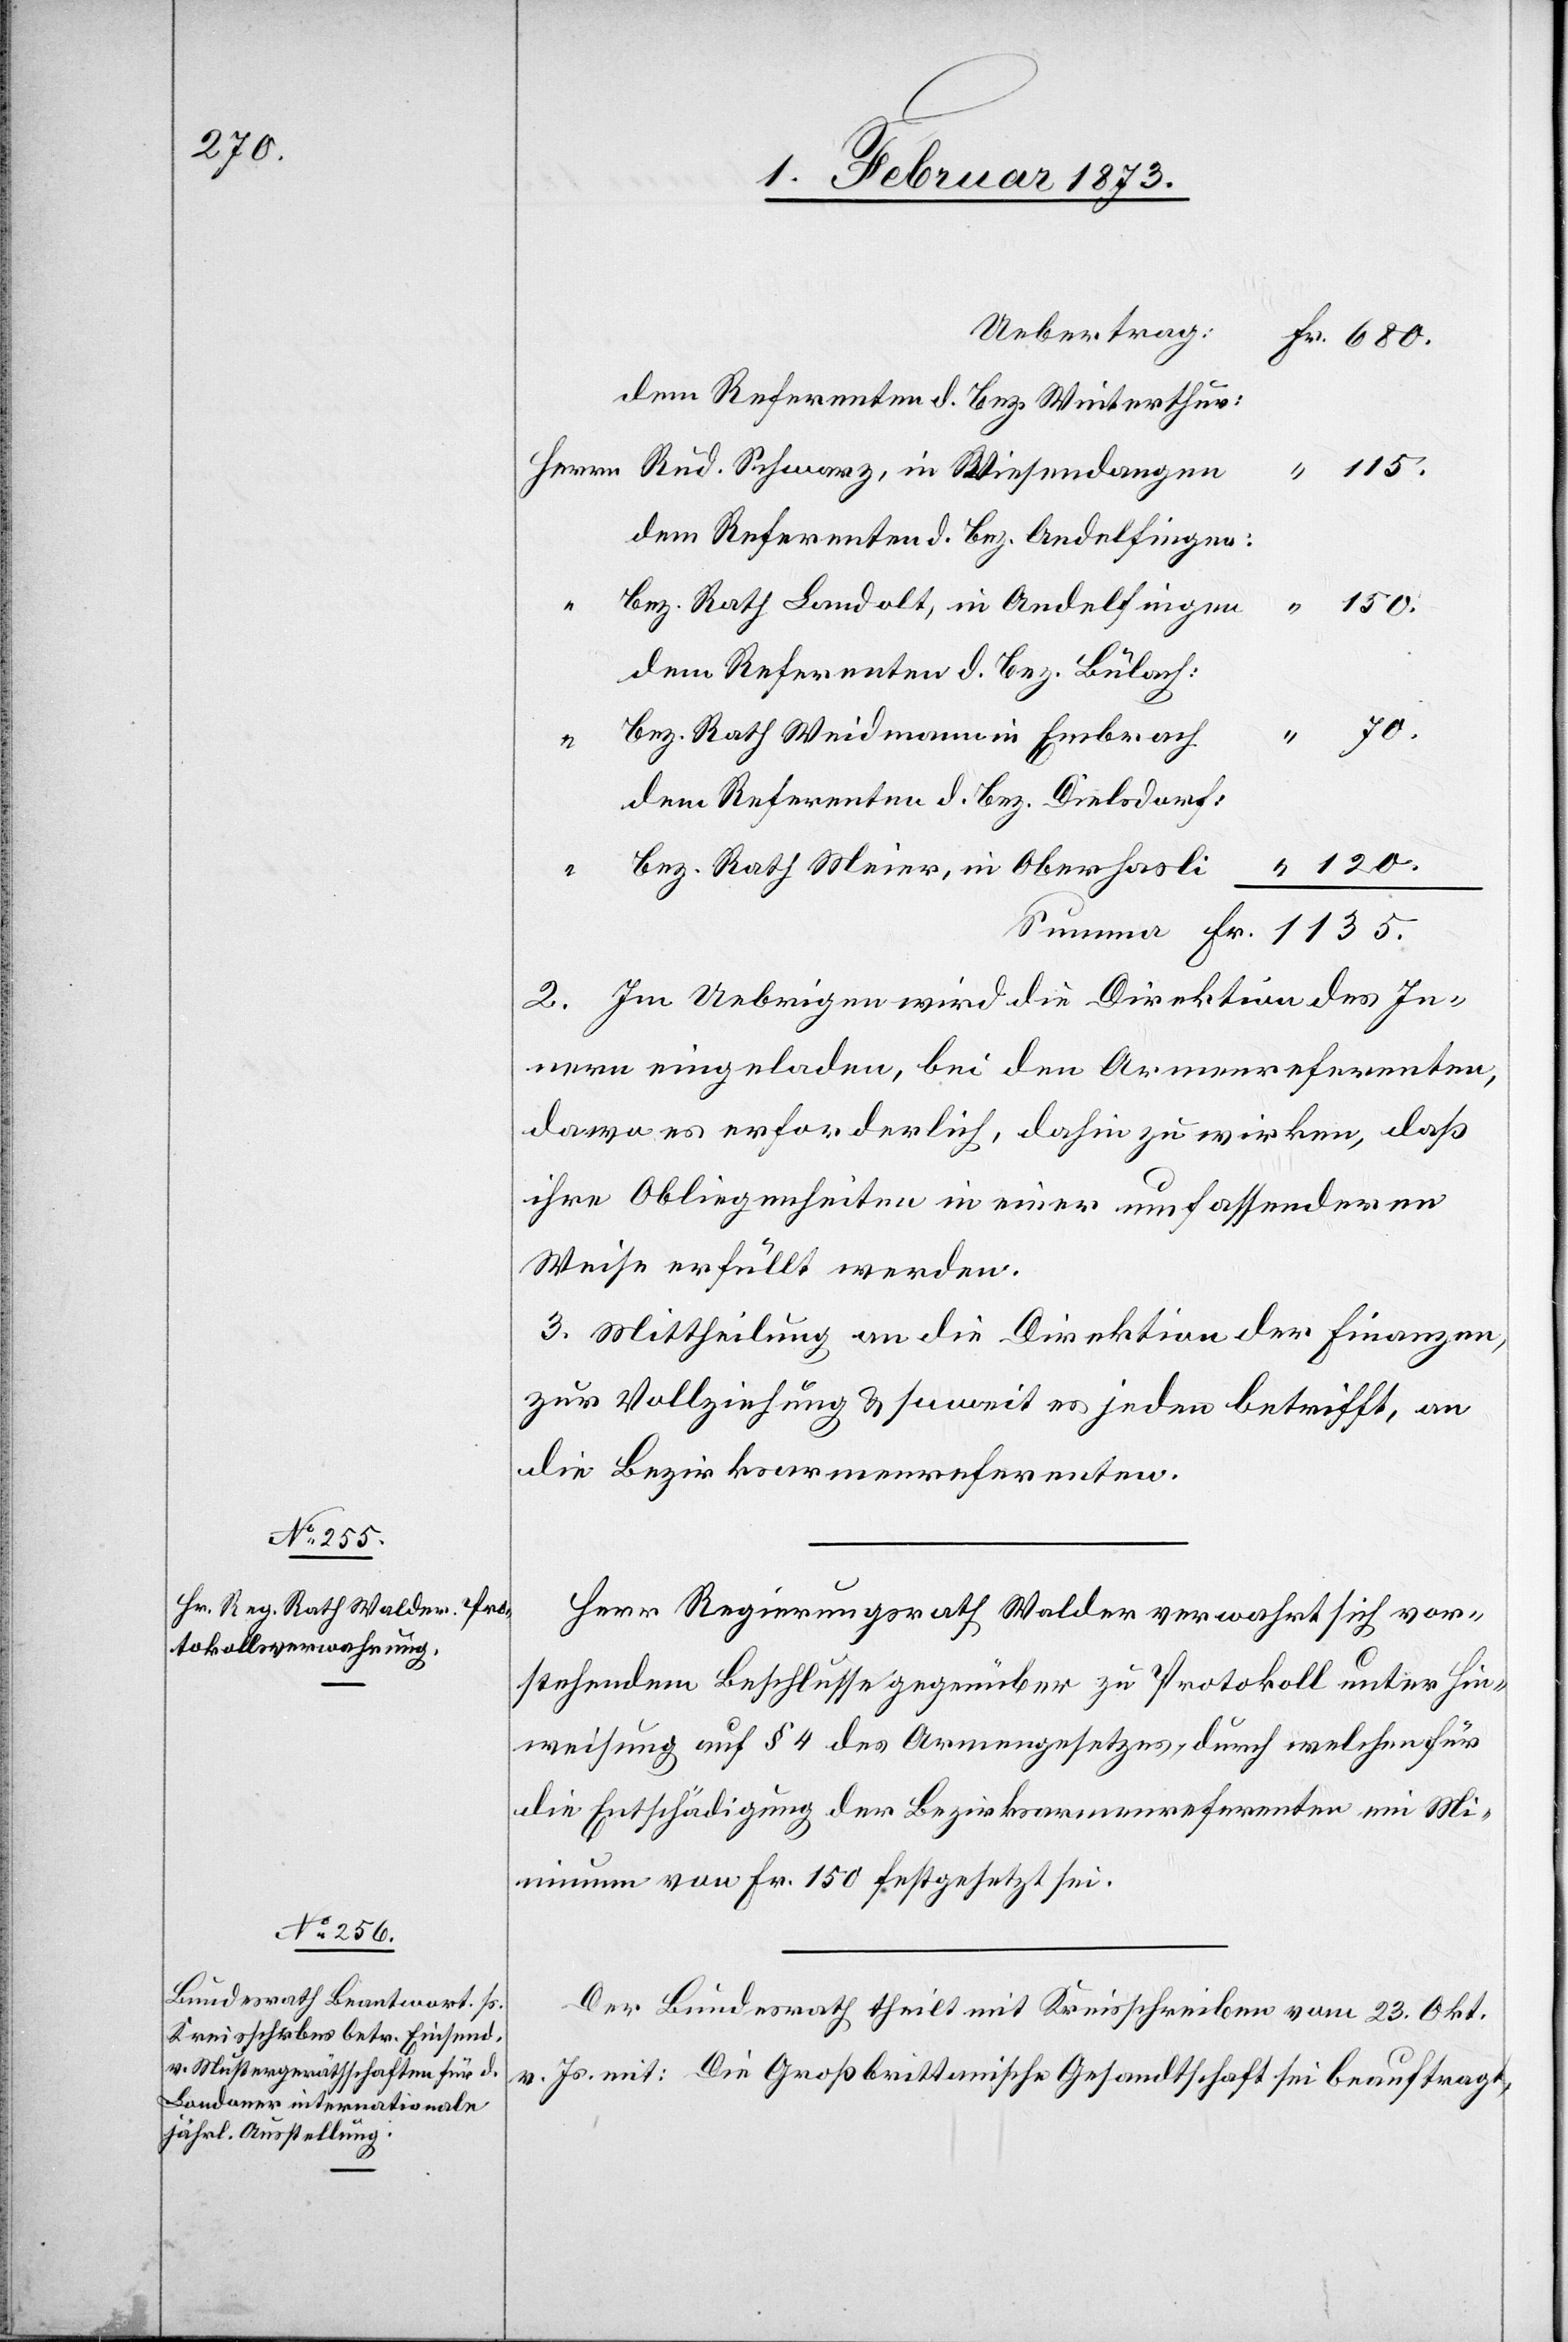
70.

Uebertra¬
g:	Fr. 680.
dem Referenten d. Bez. Winterthur:
Herrn Rud. Schwarz, in Wiesendangen
“ 115.
dem Referenten d. Bez. Andelfingen:
Bez. Rath Landolt, in Andelfingen
“ 150.
dem Referenten d. Bez. Bülach:
Bez. Rath Weidmann in Embrach
dem Referenten d. Bez. Dielsdorf:
Bez. Rath Meier, in Oberhasli	 “ 120.
Summa Fr. 1135.
2. Im Uebrigen wird die Direktion des In¬
nern eingeladen, bei den Armenreferenten,
da wo es erforderlich, dahin zu wirken, daß
ihre Obliegenheiten in einer umfassenderen
Weise erfüllt werden.
3. Mittheilung an die Direktion der Finanzen,
zur Vollziehung u. soweit es jeden betrifft, an
die Bezirksarmenreferenten.
Herr Regierungsrath Walder verwahrt sich vor¬
stehendem Beschlusse gegenüber zu Protokoll unter Hin¬
weisung auf § 4 des Armengesetzes, durch welchen für
die Entschädigung der Bezirksarmenreferenten ein Mi¬
nimum von Fr. 150 festgesetzt sei.
Der Bundesrath theilt mit Kreisschreiben vom 23. Okt.
v. Js. mit: die Großbrittanische Gesandtschaft sei beauftragt,